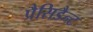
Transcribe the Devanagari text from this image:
प्रैसिडैन्ट